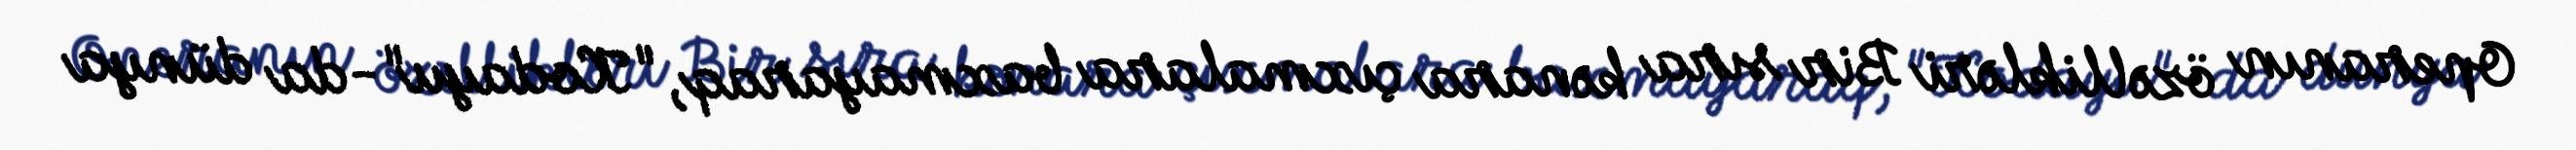
Operanın özəllikləri Bir sıra kənara çıxmalara baxmayaraq, "Kodayu"-da dünya